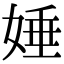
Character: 娷